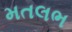
મતલભ